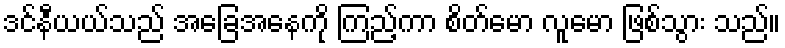
ဒင်နီယယ်သည် အခြေအနေကို ကြည့်ကာ စိတ်မော လူမော ဖြစ်သွား သည်။